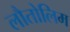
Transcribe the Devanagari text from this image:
लौतोलिम